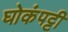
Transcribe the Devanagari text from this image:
घोकंपट्टी